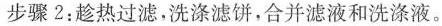
步骤2：趁热过滤，洗涤滤饼，合并滤液和洗涤液。